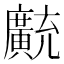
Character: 𫸊